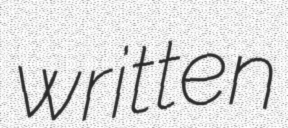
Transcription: written